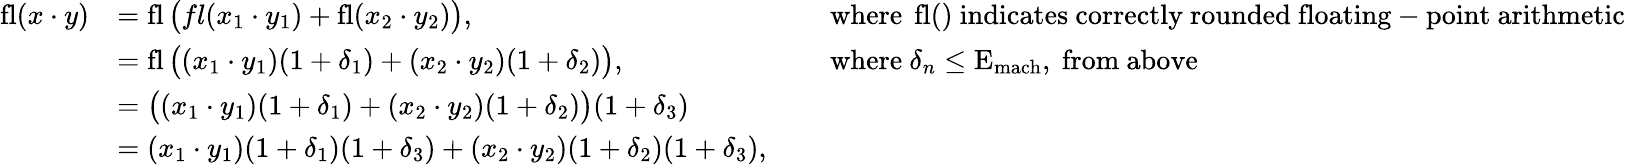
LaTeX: {\begin{array}{rlrl}{\operatorname{fl}(x\cdot y)}&{=\operatorname{fl}{\big(}fl(x_{1}\cdot y_{1})+\operatorname{fl}(x_{2}\cdot y_{2}){\big)},}&&{{\mathrm{~where~}}\operatorname{fl}(){\mathrm{~indicates~correctly~rounded~floating-point~arithmetic}}}\\ &{=\operatorname{fl}{\big(}(x_{1}\cdot y_{1})(1+\delta_{1})+(x_{2}\cdot y_{2})(1+\delta_{2}){\big)},}&&{{\mathrm{~where~}}\delta_{n}\leq\mathrm{E}_{\mathrm{mach}},{\mathrm{~from~above}}}\\ &{={\big(}(x_{1}\cdot y_{1})(1+\delta_{1})+(x_{2}\cdot y_{2})(1+\delta_{2}){\big)}(1+\delta_{3})}\\ &{=(x_{1}\cdot y_{1})(1+\delta_{1})(1+\delta_{3})+(x_{2}\cdot y_{2})(1+\delta_{2})(1+\delta_{3}),}\end{array}}